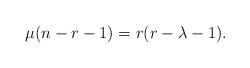
LaTeX: \begin{align*} \mu(n-r-1)=r(r-\lambda-1).\end{align*}